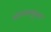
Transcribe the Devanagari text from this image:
कोपामधूनच